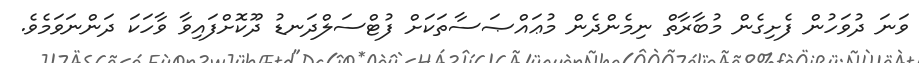
ވަނަ ދުވަހުން ފެށިގެން މުބާރާތް ނިމެންދެން މުޢައްޞަސާތަކަށް ފުޓްސަލްދަނޑު ދޫކޮށްފައިވާ ވާހަކަ ދަންނަވަމެވެ.